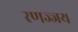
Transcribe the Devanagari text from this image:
रणज्जय